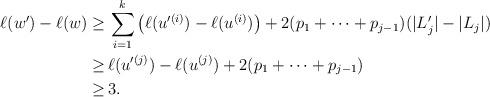
LaTeX: \begin{align*} \ell(w')-\ell(w)\geq\, & \sum_{i=1}^k\left(\ell(u'^{(i)})-\ell(u^{(i)})\right)+2(p_1+\cdots+p_{j-1})(|L'_j|-|L_j|)\\ \geq\, & \ell(u'^{(j)})-\ell(u^{(j)})+2(p_1+\cdots+p_{j-1})\\ \geq\, & 3.\end{align*}